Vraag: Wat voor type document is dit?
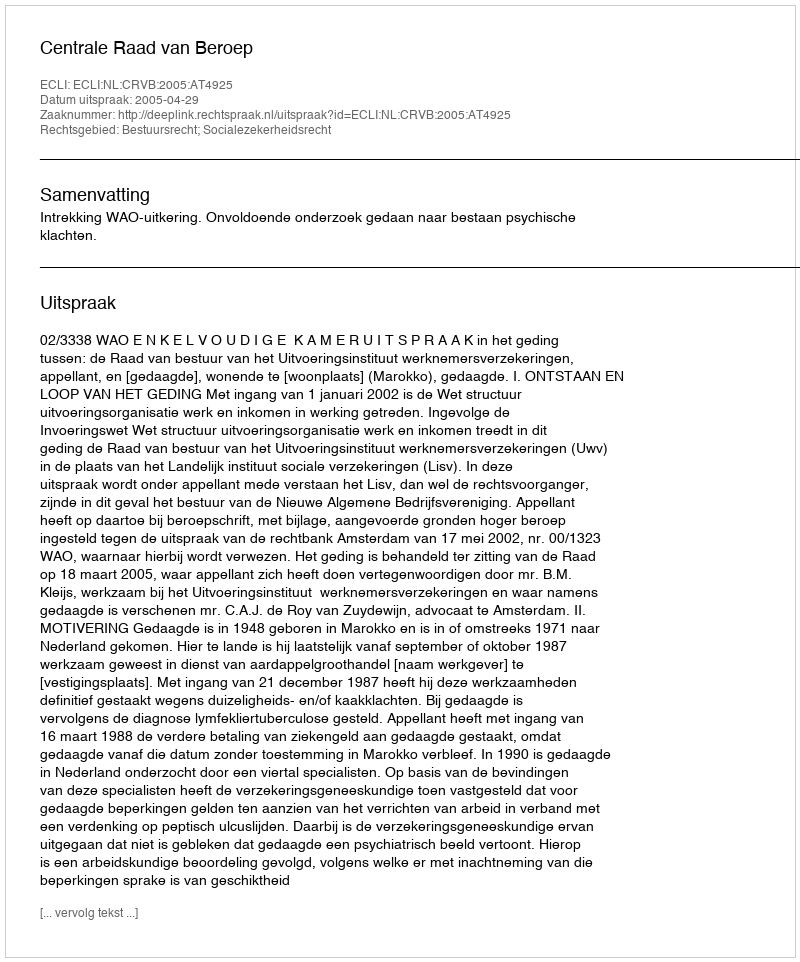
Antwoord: Uitspraak